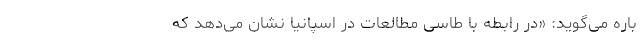
باره می‌گوید: «در رابطه با طاسی مطالعات در اسپانیا نشان می‌دهد که